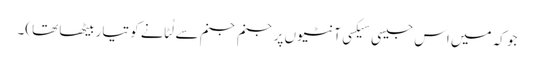
جو کہ میں اس جیسی سیکسی آنٹیوں پر جنم جنم سے لُٹانے کو تیار بیٹھا تھا)۔